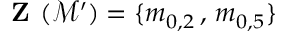
\textbf { Z } ( \mathcal { M } ^ { \prime } ) = \{ m _ { 0 , 2 } \, , \, m _ { 0 , 5 } \}